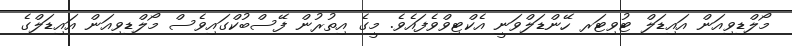
މޯލްޑިވިއަން އައިޑަލް ޓުވިޓަރ ހޭންޑަލްވަނީ އެކްޓިވްވެފައެވެ. މީގެ އިތުރުން ފޭސްބުކްގައިވެސް މޯލްޑިވިއަން އައިޑަލްގެ